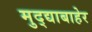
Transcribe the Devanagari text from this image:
मुद्द्याबाहेर